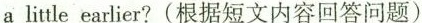
a litle earlier? (根据短文内容回答问题)